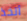
أتخذ